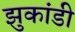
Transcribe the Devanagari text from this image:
झुकांडी